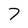
Character: 7